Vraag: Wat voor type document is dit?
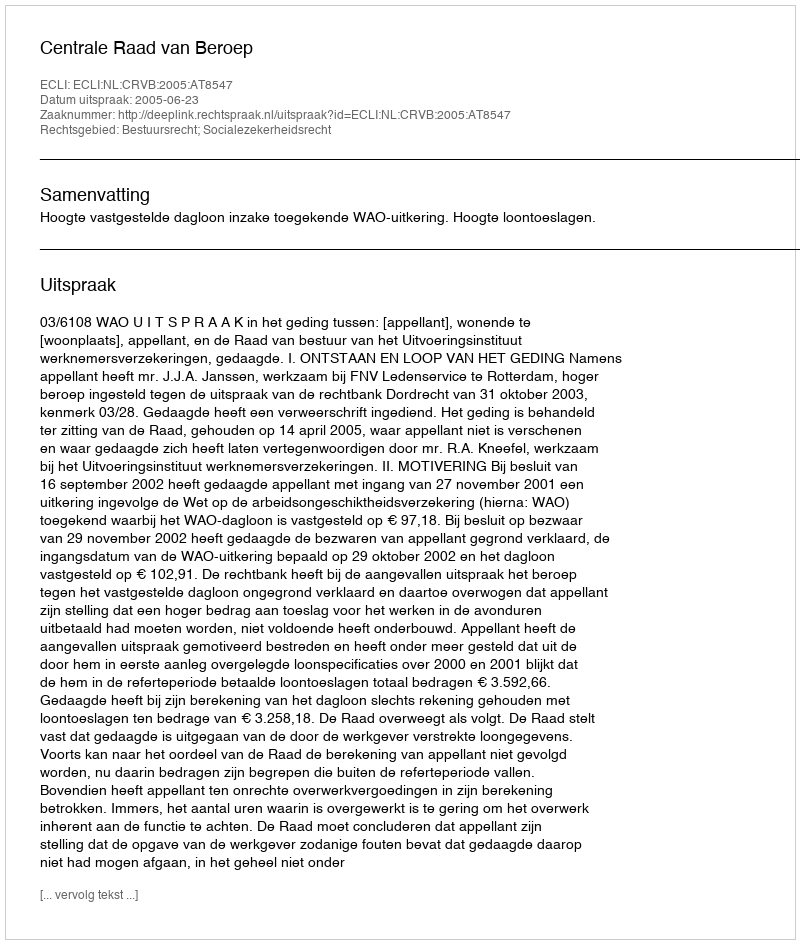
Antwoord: Uitspraak